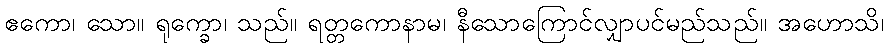
ဧကော၊ သော။ ရုက္ခော၊ သည်။ ရတ္တကောနာမ၊ နီသောကြောင်လျှာပင်မည်သည်။ အဟောသိ၊